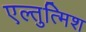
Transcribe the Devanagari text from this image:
एल्तुत्मिश